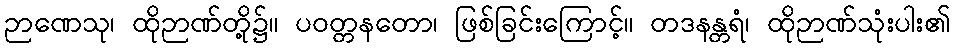
ဉာဏေသု၊ ထိုဉာဏ်တို့၌။ ပဝတ္တနတော၊ ဖြစ်ခြင်းကြောင့်။ တဒနန္တရံ၊ ထိုဉာဏ်သုံးပါး၏